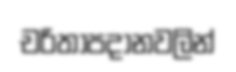
චරිතාපදානවලින්